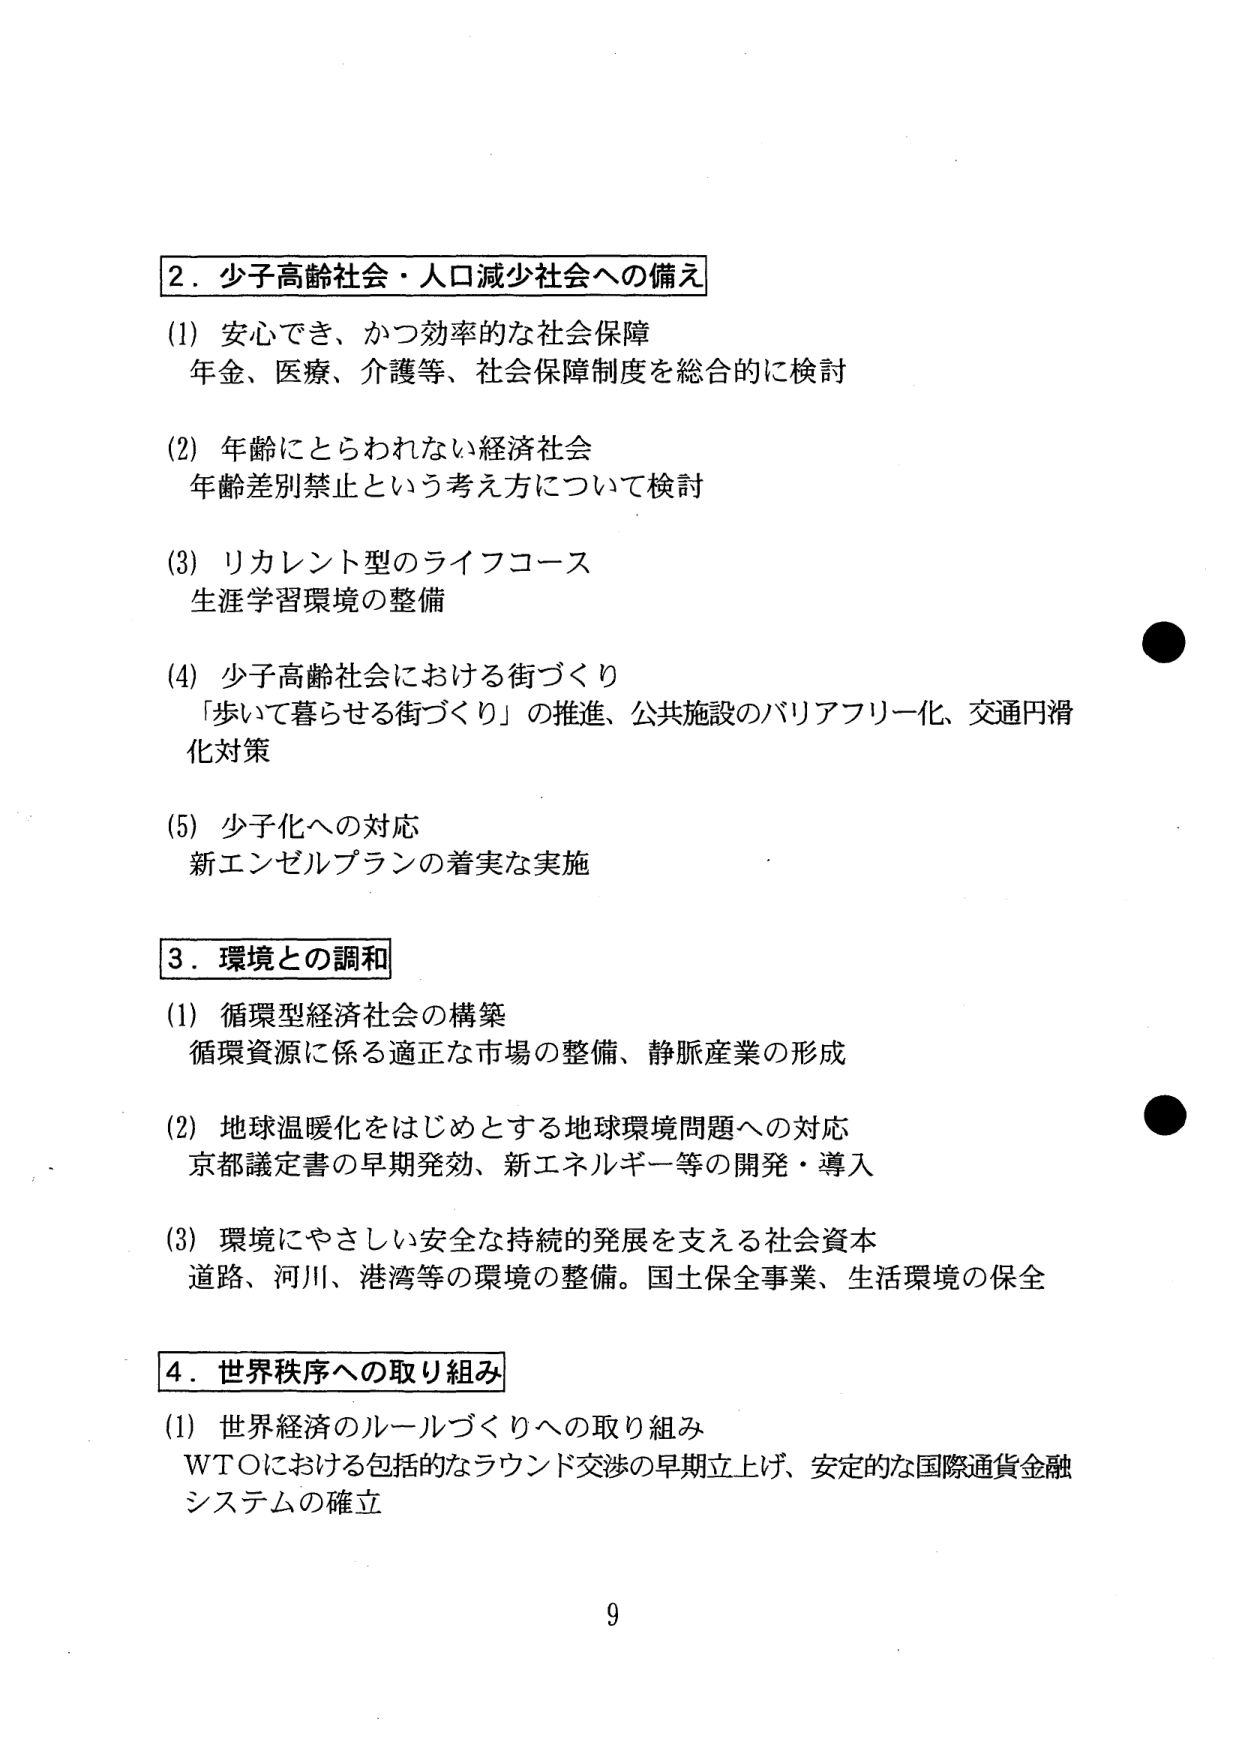
2．少子高齢社会・人口減少社会への備え
(1) 安心でき、かつ効率的な社会保障
年金、医療、介護等、社会保障制度を総合的に検討

(2) 年齢にとらわれない経済社会
年齢差別禁止という考え方について検討

(3) リカレント型のライフコース
生涯学習環境の整備

(4) 少子高齢社会における街づくり
「歩いて暮らせる街づくり」の推進、公共施設のバリアフリー化、交通円滑化対策

(5) 少子化への対応
新エンゼルプランの着実な実施

3．環境との調和
(1) 循環型経済社会の構築
循環資源に係る適正な市場の整備、静脈産業の形成

(2) 地球温暖化をはじめとする地球環境問題への対応
京都議定書の早期発効、新エネルギー等の開発・導入

(3) 環境にやさしい安全な持続的発展を支える社会資本
道路、河川、港湾等の環境の整備。国土保全事業、生活環境の保全

4．世界秩序への取り組み
(1) 世界経済のルールづくりへの取り組み
WTOにおける包括的なラウンド交渉の早期立上げ、安定的な国際通貨金融システムの確立

9